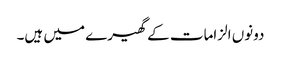
دونوں الزامات کے گھیرے میں ہیں۔